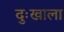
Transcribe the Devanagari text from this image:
दुःखाला